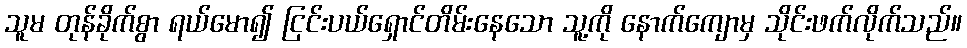
သူမ တုန်ခိုက်စွာ ရယ်မော၍ ငြင်းပယ်ရှောင်တိမ်းနေသော သူ့ကို နောက်ကျောမှ သိုင်းဖက်လိုက်သည်။